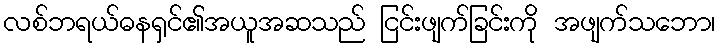
လစ်ဘရယ်ဓနရှင်၏အယူအဆသည် ငြင်းဖျက်ခြင်းကို အဖျက်သဘော၊